Regulations for the medical services of the Army of India
Year: 1930
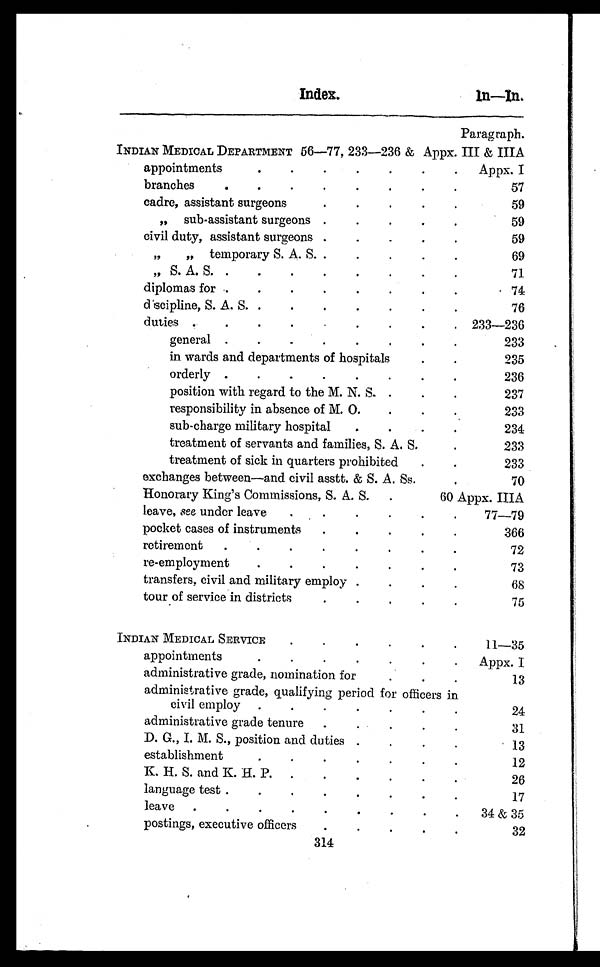
Index.
Paragraph.
INDIAN MEDICAL DEPARTMENT 56—77, 233—236 & Appx. III & IIIA
appointments . . .
Appx. I
branches . . .
5 7
c a d r e , a s s i s t a n t s u r g e o n s . . .
59
, , s u b - a s s i s t a n t s u r g e o n s . . .
59
civil duty, assistant surgeons . . .
59
, , , , t e m p o r a r y S . A . S . . . .
69
, , S . A . S . . . .
71
diplomas for . . .
74
discipline, S. A. S. . . .
76
d u t i e s . . .
233—236
general . . .
2 3 3
in wards and departments of hospitals . . .
2 3 5
orderly . . .
2 3 6
p o s i t i o n wi t h r e g a r d t o t h e M. N. S . . . .
2 3 7
responsibility in absence of M. O. . . .
233
sub-charge military hospital . . .
234
treatment of servants and families, S. A. S. . . .
233
treatment of sick in quarters prohibite . . .
2 3 3
exchanges between—and civil asstt. & S. A. Ss. . . .
7 0
Honorary King's Commissions, S. A. S. . . .
60 Appx. IIIA
leave, see under leave . . .
77 — 7 9
pocket cases of instruments . . .
366
retirement . . .
7 2
re-employment . . .
7 3
transfers, civil and military employ . . .
6 8
tour of service in districts . . .
7 5
INDIAN MEDICAL SERVICE . . .
11—35
appointments . . .
Appx. I
administrative grade, nomination for . . .
13
administrative grade, qualifying period for officers in
civil employ . . .
24
administrative grade tenure . . .
31
D. G., I. M. S., position and duties . . .
13
establishment . . .
12
K. H. S. and K. H. P. . . .
26
language test . . .
17
leave . . .
34 & 35
postings, executive officers . . .
32
314